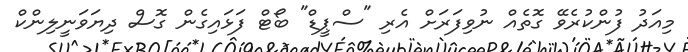
މިއަދު ފުންކުރެވޭ ގޮތެއް ނުވިފަރަށް އެރި "ސްޕީޑް" ބޯޓް ފަޅައިގެން ގޮސް ދިޔަވަނީލިންކް